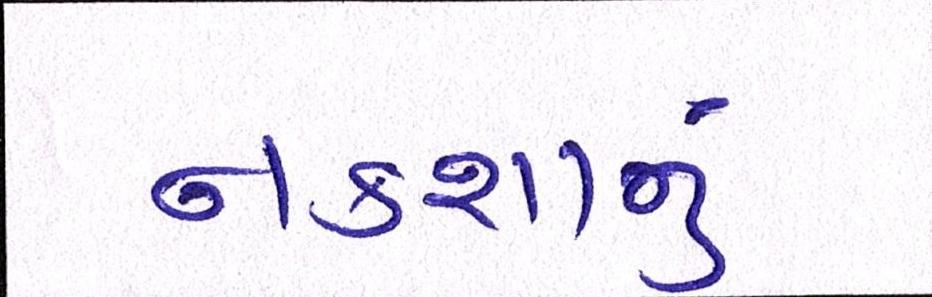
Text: નકશાનું